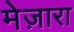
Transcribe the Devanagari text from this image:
मेज़ारा